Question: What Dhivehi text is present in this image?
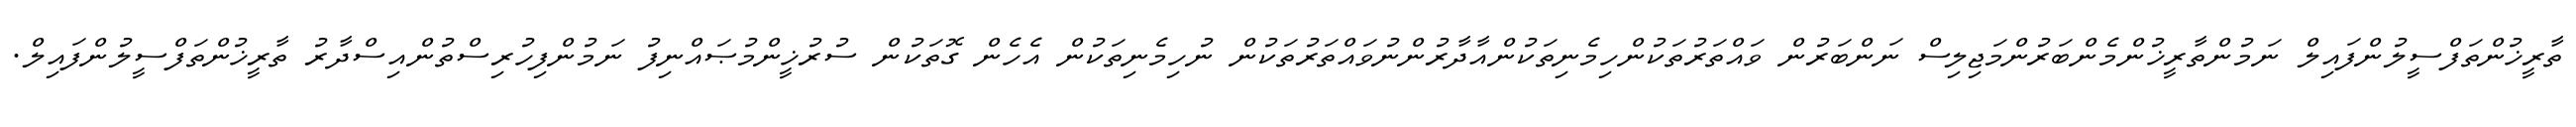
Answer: ތާރީޚުންތަފްސީލުންފައިލް ނަމުންތާރީޚުންމެންބަރުންމަޖިލިސް ނަންބަރުން ވައްތަރުތަކުންހިމެނިތަކުންއާދާރުންނުވައްތަރުތަކުން ނުހިމެނިތަކުން އެހެން ގޮތަކުން ސުރުޚީންމުޞައްނިފު ނަމުންފިހުރިސްތުންއިސްދާރު ތާރީޚުންތަފްސީލުންފައިލް.